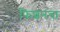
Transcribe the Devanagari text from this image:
फिशनचा